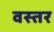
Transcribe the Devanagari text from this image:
वस्तर